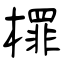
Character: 檌